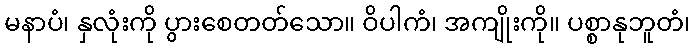
မနာပံ၊ နှလုံးကို ပွားစေတတ်သော။ ဝိပါကံ၊ အကျိုးကို။ ပစ္စာနုဘူတံ၊